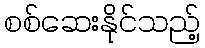
စစ်ဆေးနိုင်သည့်